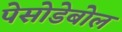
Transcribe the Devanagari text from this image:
पेसोडेबोल